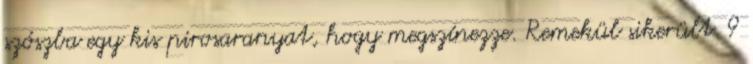
szószba egy kis pirosaranyat, hogy megszínezze. Remekül sikerült. 9